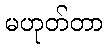
မဟုတ်တာ